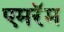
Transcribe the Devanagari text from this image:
एमरॅम